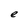
Character: e